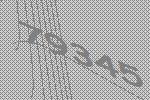
79345